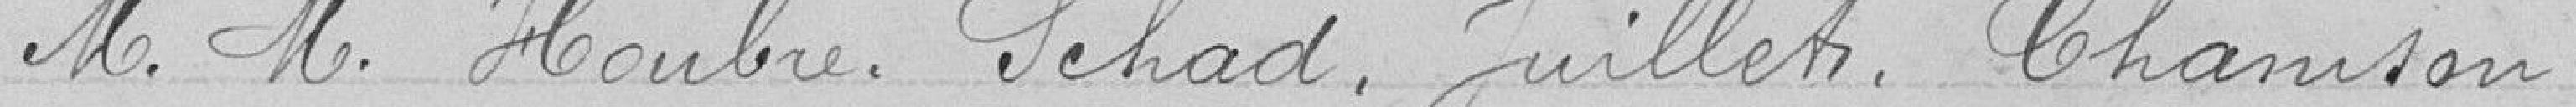
Messieurs HOUBRE, SCHAD, JUILLETI, CHAMSON